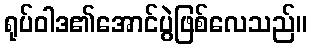
ရုပ်ဝါဒ၏အောင်ပွဲဖြစ်လေသည်။